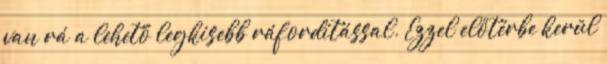
van rá a lehető legkisebb ráfordítással. Ezzel előtérbe kerül